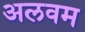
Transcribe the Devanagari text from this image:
अलवम